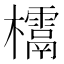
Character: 𣠌